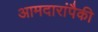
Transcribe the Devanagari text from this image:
आमदारांपैकी